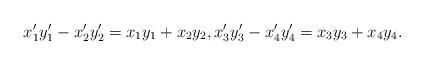
LaTeX: \begin{align*} x_1' y_1' - x_2' y_2' = x_1 y_1 + x_2 y_2, x_3' y_3' - x_4' y_4' = x_3 y_3 + x_4 y_4.\end{align*}